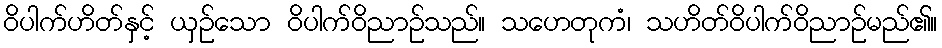
ဝိပါက်ဟိတ်နှင့် ယှဉ်သော ဝိပါက်ဝိညာဉ်သည်။ သဟေတုကံ၊ သဟိတ်ဝိပါက်ဝိညာဉ်မည်၏။